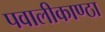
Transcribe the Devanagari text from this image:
पवालीकाण्ठा